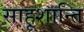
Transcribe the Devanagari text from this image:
साहूशान्ति